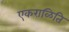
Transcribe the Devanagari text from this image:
एकराळिति